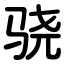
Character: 骁